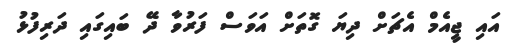
އައި ޖީއެމް އެޗަށް ދިޔަ ގޮތަށް އަވަސް ފަރުވާ ދޭ ބައިގައި ދަރިފުޅު